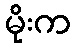
မိုးက